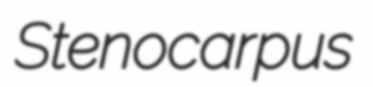
Stenocarpus